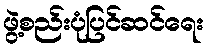
ဖွဲ့စည်းပုံပြင်ဆင်ရေး